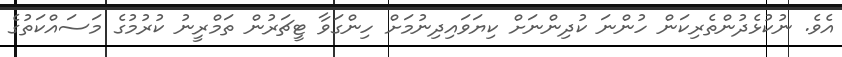
އެވެ. ނުކުޅެދުންތެރިކަން ހުންނަ ކުދިންނަށް ކިޔަވައިދިނުމަށް ހިންގަވާ ޓީޗަރުން ތަމްރީނު ކުރުމުގެ މަސައްކަތުގެ